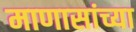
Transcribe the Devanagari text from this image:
माणासांच्या